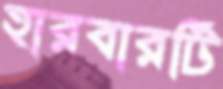
হারবারটি